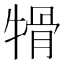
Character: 𤚱